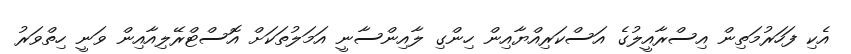
އެކި ފަހަރުމަތިން އިސްރާއީލުގެ އަސްކަރިއްޔާއިން ހިންގި ލާއިންސާނީ އަމަލުތަކަށް އޮސްޓްރޭލިއާއިން ވަނީ ހިތްވަރު